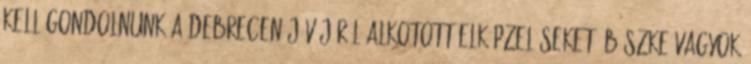
kell gondolnunk a Debrecen jövőjéről alkotott elképzeléseket. Büszke vagyok